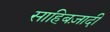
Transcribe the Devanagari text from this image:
साहिबज़ादी